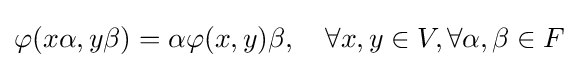
\varphi (x\alpha ,y\beta )=\alpha \varphi (x,y)\beta ,\quad \forall x,y\in V,\forall \alpha ,\beta \in F